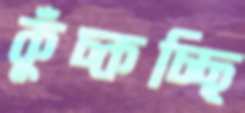
কুঁচ্‌কচ্ছি